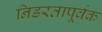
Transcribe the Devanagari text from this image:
निडरतापूर्वक